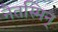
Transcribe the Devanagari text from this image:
नैतस्मिन्